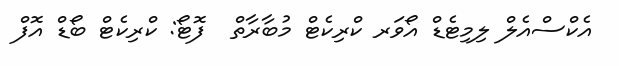
އެކްސްއެލް ލިމިޓެޑް އޯވަރ ކްރިކެޓް މުބާރާތް  ފޮޓޯ: ކްރިކެޓް ބޯޑް އޮފް